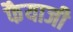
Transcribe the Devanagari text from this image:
फैयाजी